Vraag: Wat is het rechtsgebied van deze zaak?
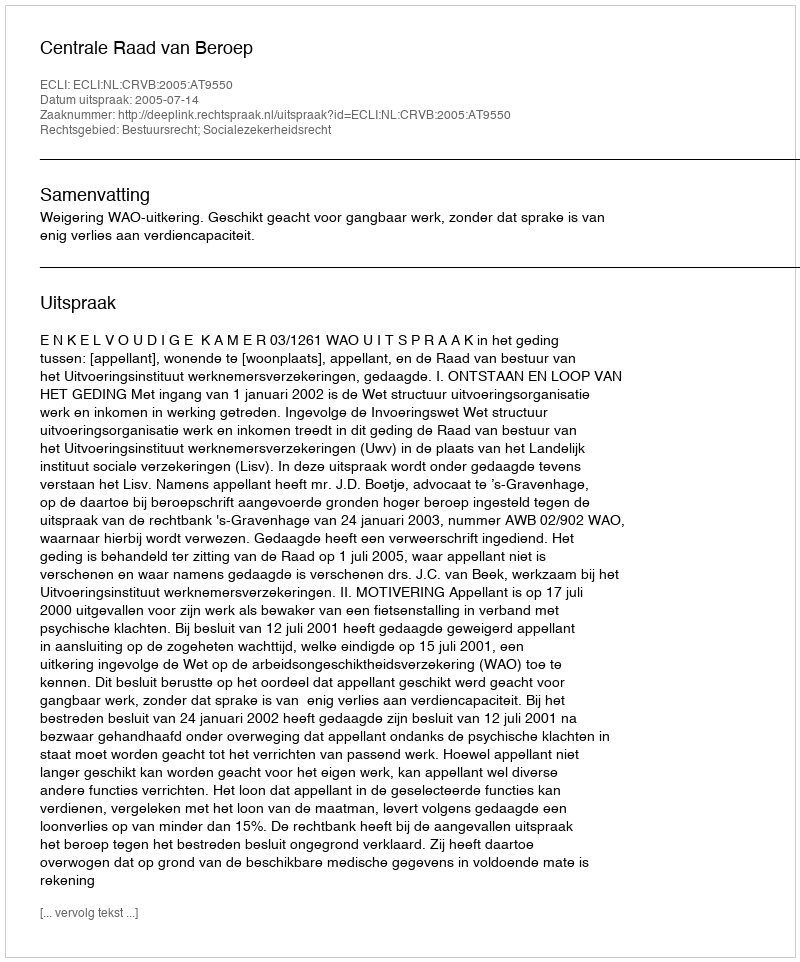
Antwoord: Bestuursrecht; Socialezekerheidsrecht